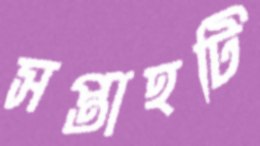
সপ্তাহটি